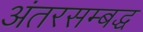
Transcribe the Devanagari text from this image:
अंतरसम्बद्ध